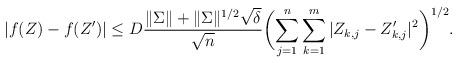
LaTeX: \begin{align*}|f(Z)-f(Z')| \leq D\frac{\|\Sigma\|+\|\Sigma\|^{1/2}\sqrt{\delta}}{\sqrt{n}}\biggl(\sum_{j=1}^n \sum_{k=1}^m|Z_{k,j}-Z_{k,j}'|^2\biggr)^{1/2}.\end{align*}